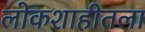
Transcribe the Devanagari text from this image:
लोकशाहीतला